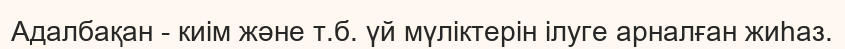
Адалбақан - киім және т.б. үй мүліктерін ілуге арналған жиһаз.